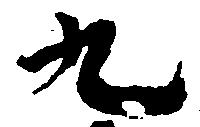
九